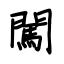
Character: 闖